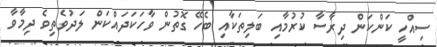
ސިއްހީ ކަންކަން ދިރާސާ ކުރުމާއި ބަލިތަކާއި ބެހޭ ގޮތުން ވާހަކަދައްކަން ލަދުވެތިވެ ދިމާވާ